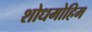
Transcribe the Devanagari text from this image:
शोधमोहिम